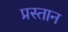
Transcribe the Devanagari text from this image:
प्रस्तान